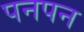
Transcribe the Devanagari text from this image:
पनपन